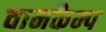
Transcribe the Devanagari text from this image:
वानकैम्प